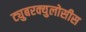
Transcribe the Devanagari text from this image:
ट्युबरक्युलोसीस